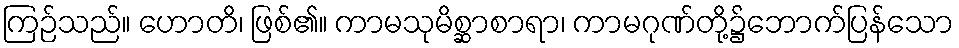
ကြဉ်သည်။ ဟောတိ၊ ဖြစ်၏။ ကာမသုမိစ္ဆာစာရာ၊ ကာမဂုဏ်တို့၌ဘောက်ပြန်သော